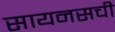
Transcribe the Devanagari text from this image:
सायनसची